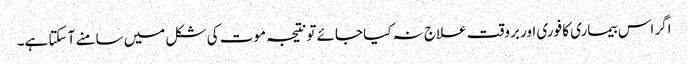
اگر اس بیماری کا فوری اور بروقت علاج نہ کیا جائے تونتیجہ موت کی شکل میں سامنے آ سکتا ہے۔